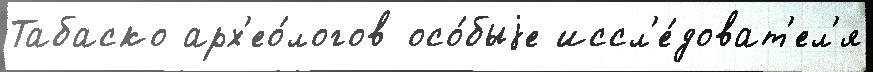
Табаско арх'ео́логов осо́быjе иссл'е́доват'ел'я